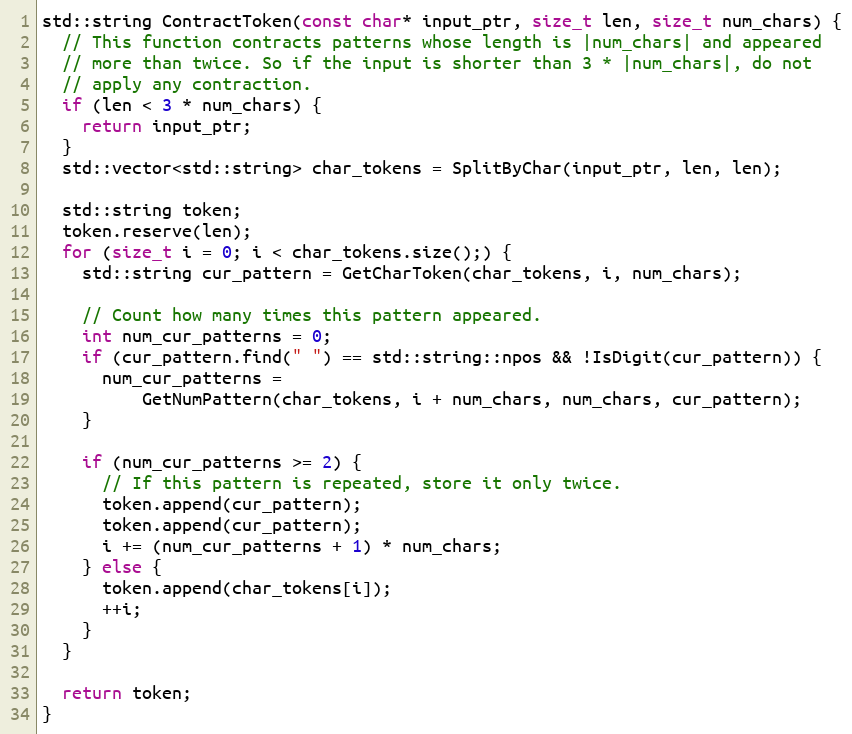
Language: C++
std::string ContractToken(const char* input_ptr, size_t len, size_t num_chars) {
  // This function contracts patterns whose length is |num_chars| and appeared
  // more than twice. So if the input is shorter than 3 * |num_chars|, do not
  // apply any contraction.
  if (len < 3 * num_chars) {
    return input_ptr;
  }
  std::vector<std::string> char_tokens = SplitByChar(input_ptr, len, len);

  std::string token;
  token.reserve(len);
  for (size_t i = 0; i < char_tokens.size();) {
    std::string cur_pattern = GetCharToken(char_tokens, i, num_chars);

    // Count how many times this pattern appeared.
    int num_cur_patterns = 0;
    if (cur_pattern.find(" ") == std::string::npos && !IsDigit(cur_pattern)) {
      num_cur_patterns =
          GetNumPattern(char_tokens, i + num_chars, num_chars, cur_pattern);
    }

    if (num_cur_patterns >= 2) {
      // If this pattern is repeated, store it only twice.
      token.append(cur_pattern);
      token.append(cur_pattern);
      i += (num_cur_patterns + 1) * num_chars;
    } else {
      token.append(char_tokens[i]);
      ++i;
    }
  }

  return token;
}